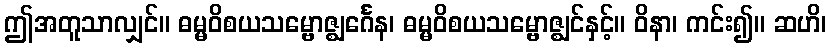
ဤအတူသာလျှင်။ ဓမ္မဝိစယသမ္ဗောဇ္ဈင်္ဂေန၊ ဓမ္မဝိစယသမ္ဗောဇ္ဈင်နှင့်။ ဝိနာ၊ ကင်း၍။ ဆဟိ၊